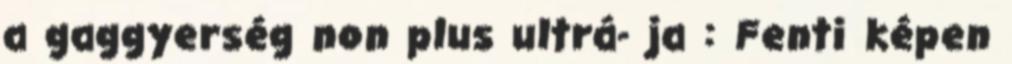
a gaggyerség non plus ultrá- ja : Fenti képen